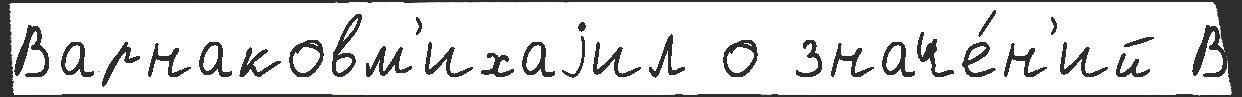
Варнаковм'ихаjил о значе́н'ий В